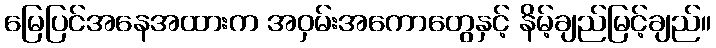
မြေပြင်အနေအထားက အဝှမ်းအကောတွေနှင့် နိမ့်ချည်မြင့်ချည်။